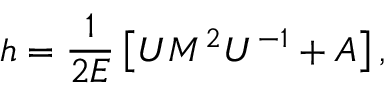
h = \frac 1 { 2 E } \left[ U M ^ { 2 } U ^ { - 1 } + A \right] ,